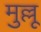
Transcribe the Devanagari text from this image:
मुल्लू